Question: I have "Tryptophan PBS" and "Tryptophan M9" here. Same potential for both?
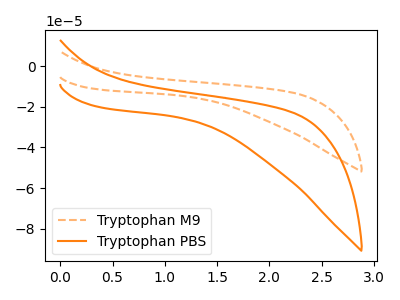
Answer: <think>The orange dashed curve "Tryptophan M9" has no peaks. The orange curve "Tryptophan PBS" has no peaks.
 Neither "Tryptophan PBS" or "Tryptophan M9" have any peaks.</think>
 <answer>"Tryptophan PBS" and "Tryptophan M9" are similar in shape.</answer>
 <eval>same_shape</eval>